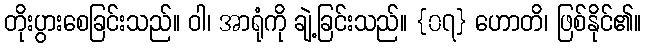
တိုးပွားစေခြင်းသည်။ ဝါ၊ အာရုံကို ချဲ့ခြင်းသည်။ {၀၇} ဟောတိ၊ ဖြစ်နိုင်၏။